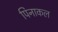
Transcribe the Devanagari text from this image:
पिनाकल